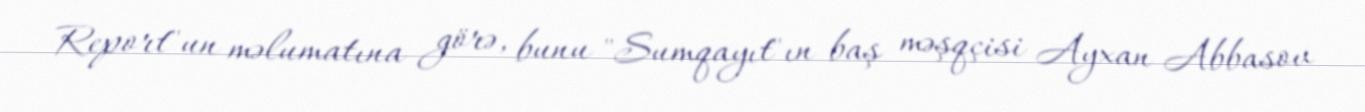
Report"un məlumatına görə, bunu "Sumqayıt"ın baş məşqçisi Ayxan Abbasov